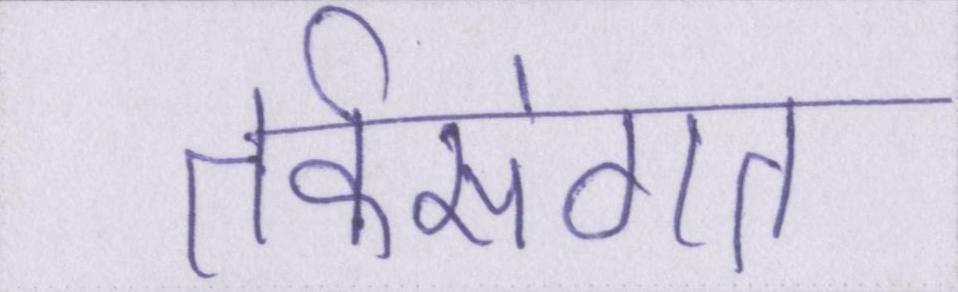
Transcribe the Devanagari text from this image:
तर्कसंगत